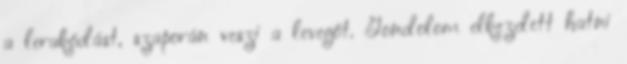
a lerakódást, szaporán veszi a levegőt. Gondolom elkezdett hatni